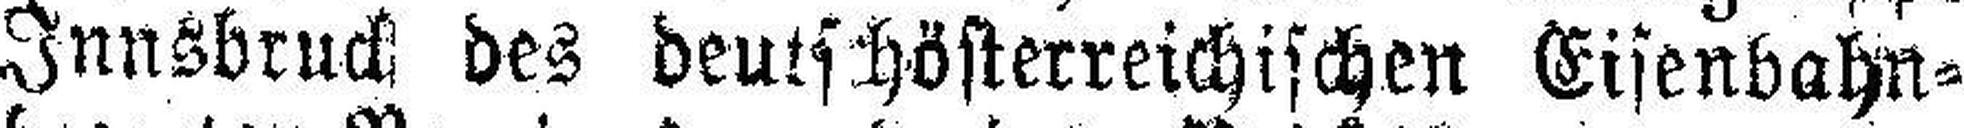
Innsbruck des deutschösterreichischen Eisenbahn¬